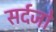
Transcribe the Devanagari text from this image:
सर्दजो